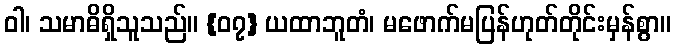
ဝါ၊ သမာဓိရှိသူသည်။ {၀၇} ယထာဘူတံ၊ မဖောက်မပြန်ဟုတ်တိုင်းမှန်စွာ။